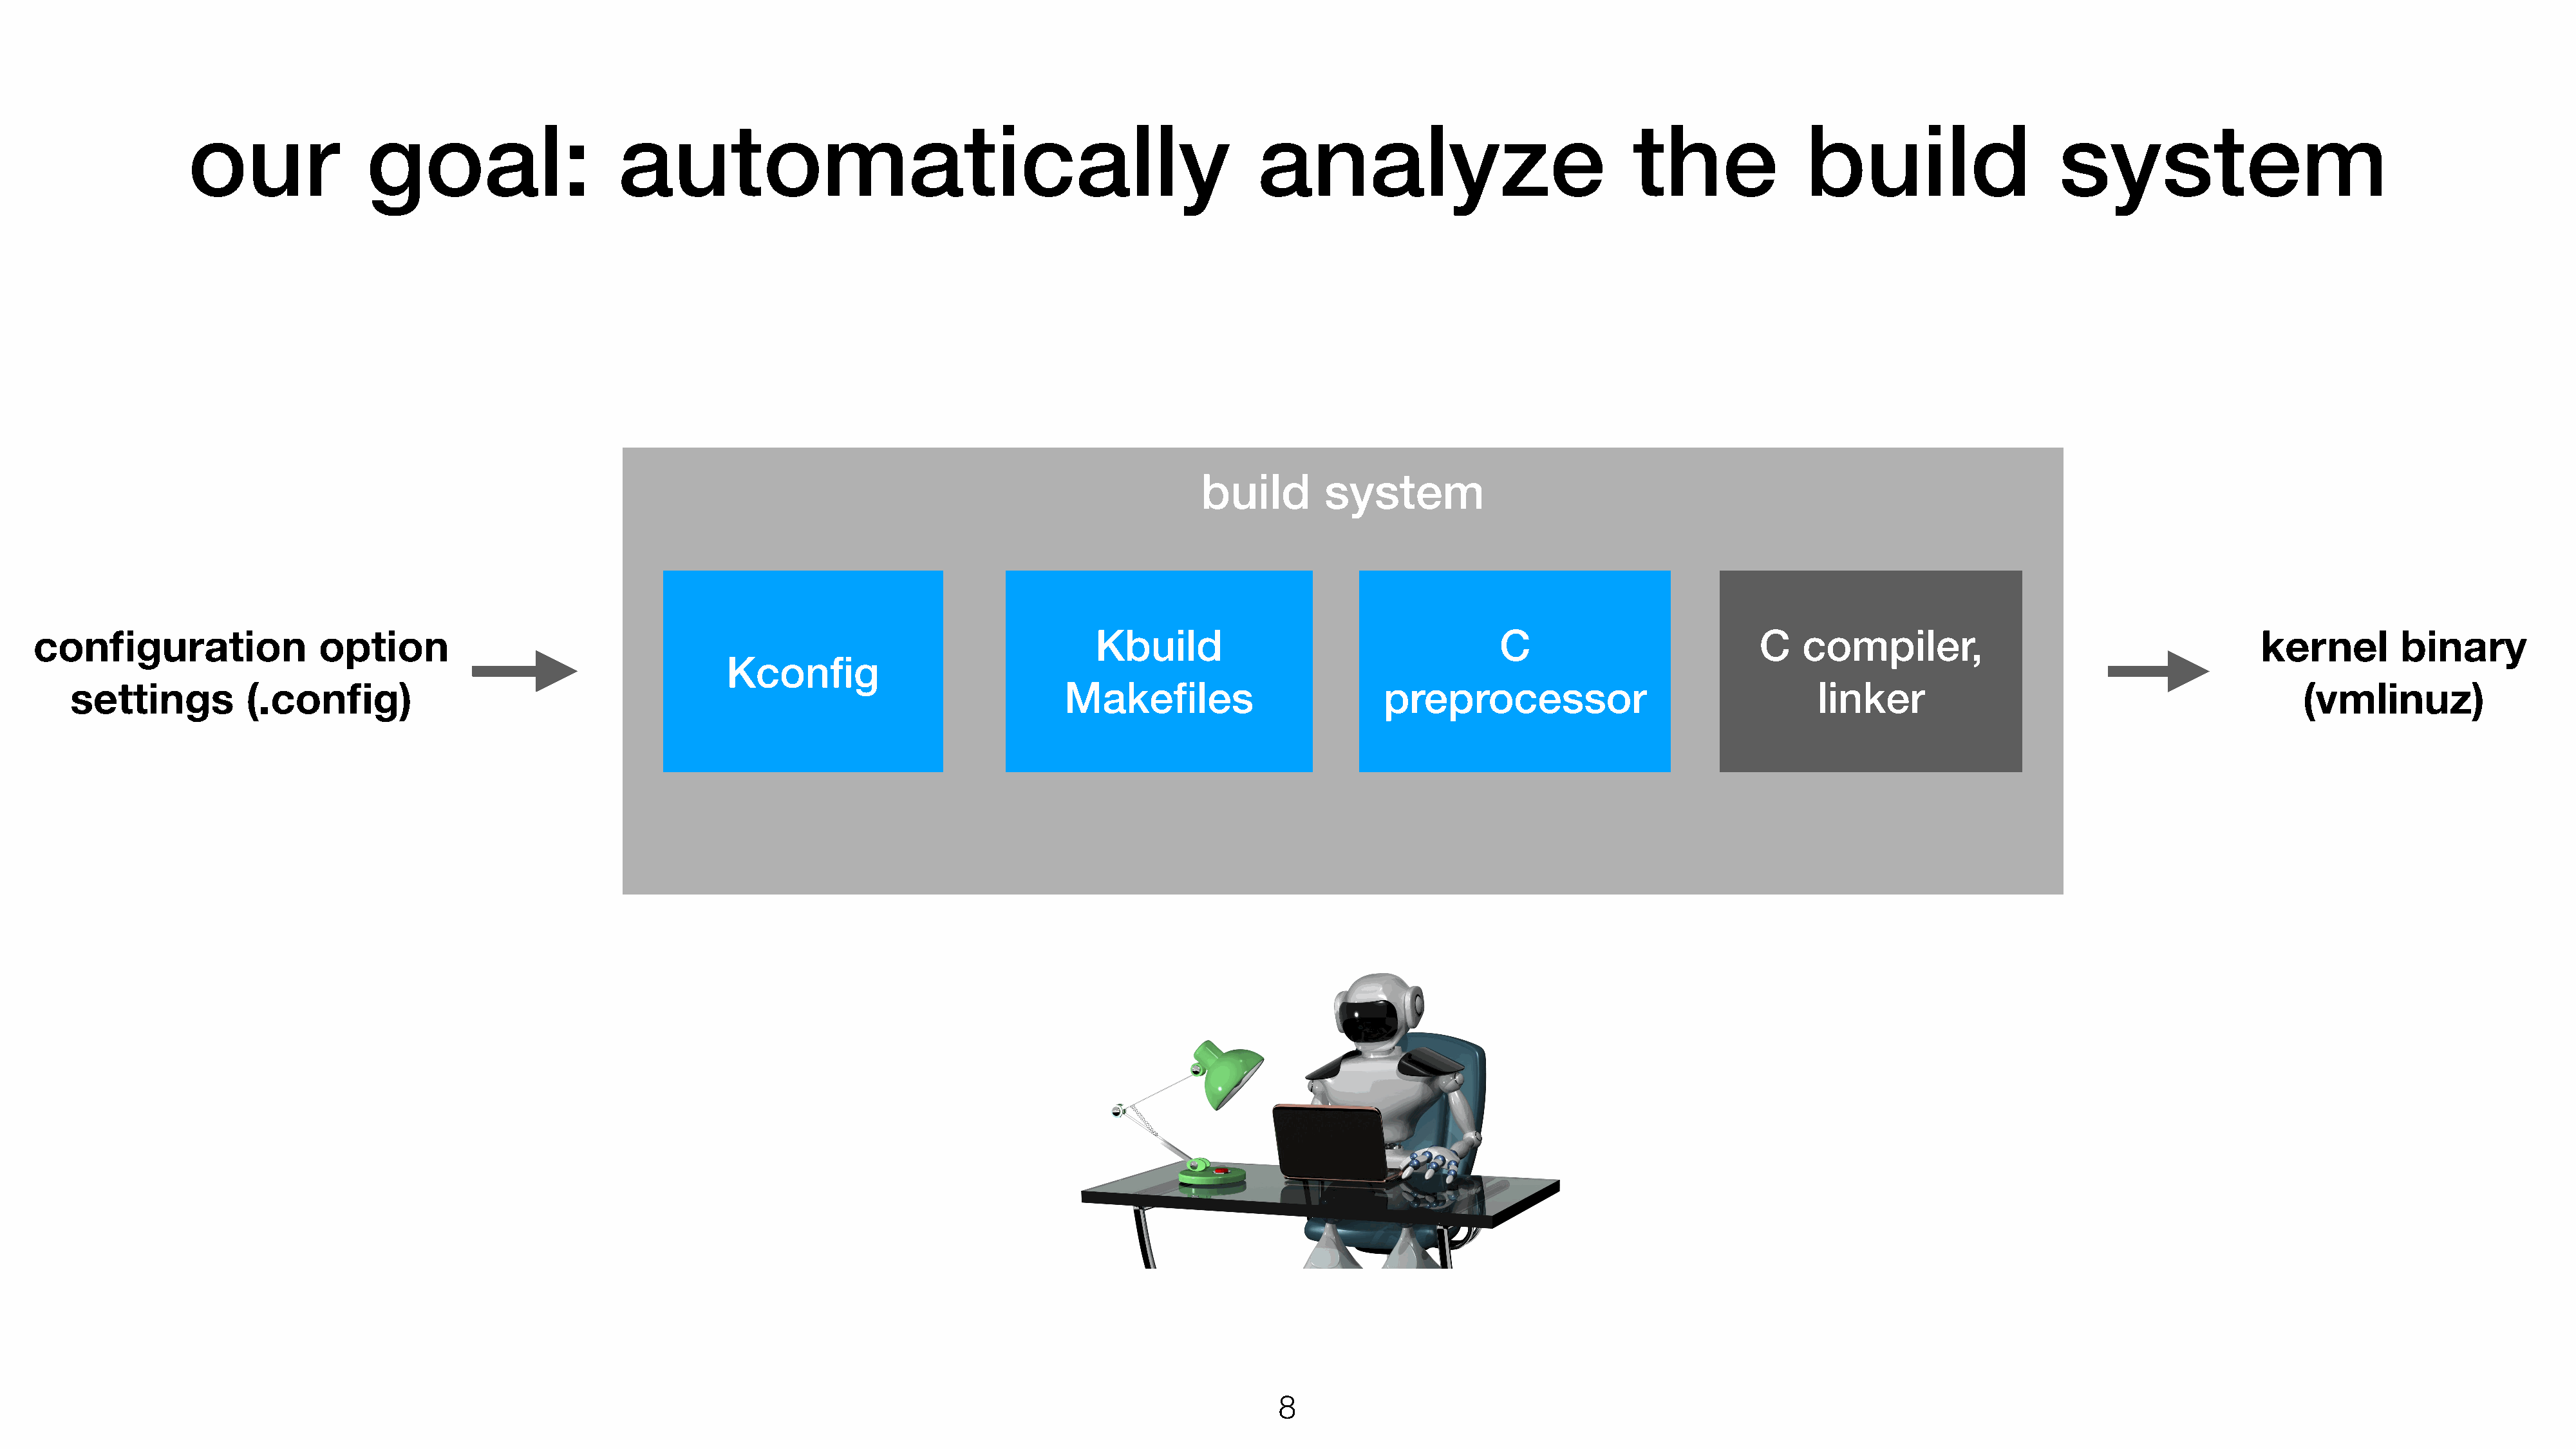
our                goal:                     automatically                                                    analyze                                the               build                     system
 bbuuiilldd   ssyysstteemm
 configuration                 option                                                                          Kbuild                                   C                          C   compiler,                                      kernel         binary
 Kconfig
 settings          (.config)                                                                           Makefiles                        preprocessor                                 linker                                            (vmlinuz)
 8